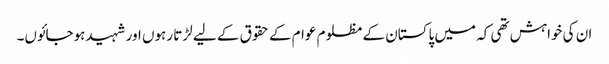
ان کی خواہش تھی کہ میں پاکستان کے مظلوم عوام کے حقوق کے لیے لڑتا رہوں اور شہیدہوجائوں۔